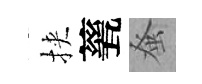
挾甆𫊫